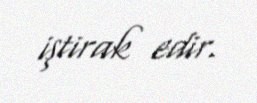
iştirak edir.